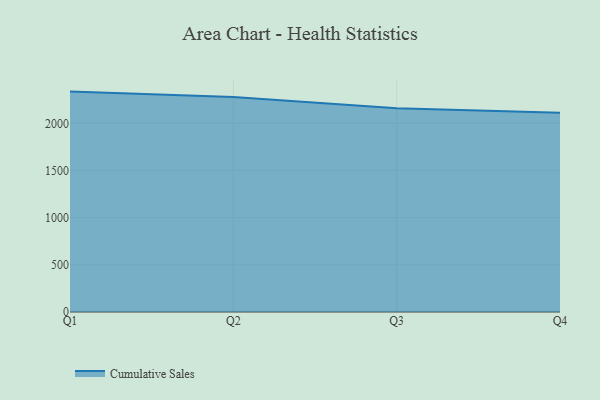
{"axis": {"x": "Quarter", "y": "Energy Usage (MWh)"}, "legend": ["Cumulative Sales"], "data": [{"x": "Q1", "y": 2336.0, "type": "Cumulative Sales"}, {"x": "Q2", "y": 2278.6, "type": "Cumulative Sales"}, {"x": "Q3", "y": 2158.8, "type": "Cumulative Sales"}, {"x": "Q4", "y": 2112.2, "type": "Cumulative Sales"}]}